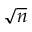
\sqrt { n }